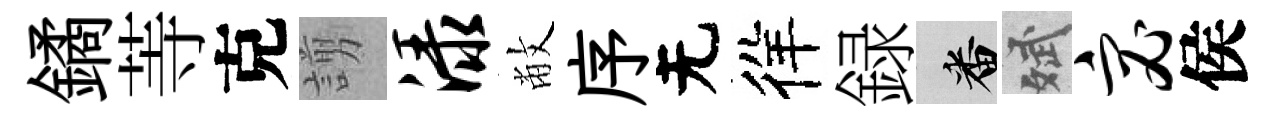
鐍䓁克謭渌敝序无徉録番斌宓侯